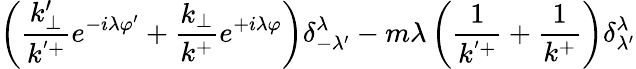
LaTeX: \left(\frac{k_{\perp}^{\prime}}{k^{'+}}e^{-i\lambda\varphi^{\prime}}+\frac{k_{\perp}}{k^{+}}e^{+i\lambda\varphi}\right)\delta_{-\lambda^{\prime}}^{\lambda}-m\lambda\left(\frac{1}{k^{'+}}+\frac{1}{k^{+}}\right)\delta_{\lambda^{\prime}}^{\lambda}